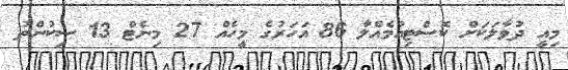
މިއީ ދުވާލަކަށް ކޮސްޓިއުމެއްލާ 86 އަހަރުގެ މީހެއް 27 މިނެޓް 13 ސިކުންތު